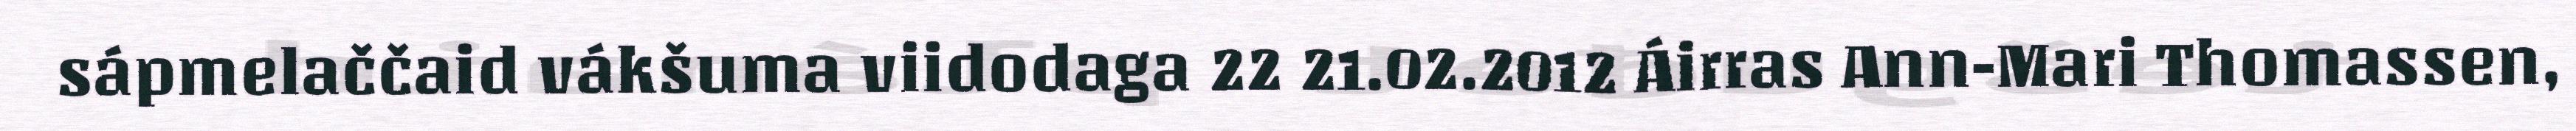
sápmelaččaid vákšuma viidodaga 22 21.02.2012 Áirras Ann-Mari Thomassen,